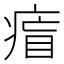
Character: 𤷐